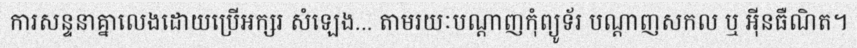
ការសន្ទនាគ្នាលេងដោយប្រើអក្សរ សំឡេង... តាមរយៈបណ្តាញកុំព្យូទ័រ បណ្តាញសកល ឬ អ៊ីនធឺណិត។